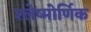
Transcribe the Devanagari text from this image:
श्लेष्मोर्णिक